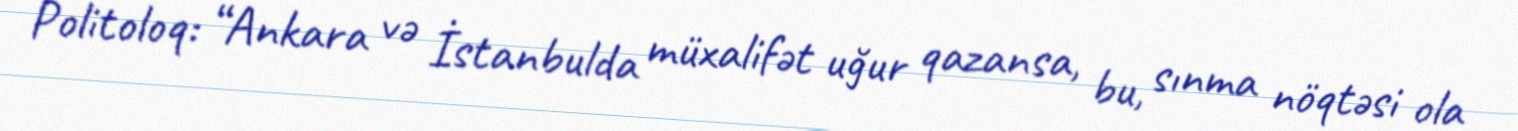
Politoloq: “Ankara və İstanbulda müxalifət uğur qazansa, bu, sınma nöqtəsi ola